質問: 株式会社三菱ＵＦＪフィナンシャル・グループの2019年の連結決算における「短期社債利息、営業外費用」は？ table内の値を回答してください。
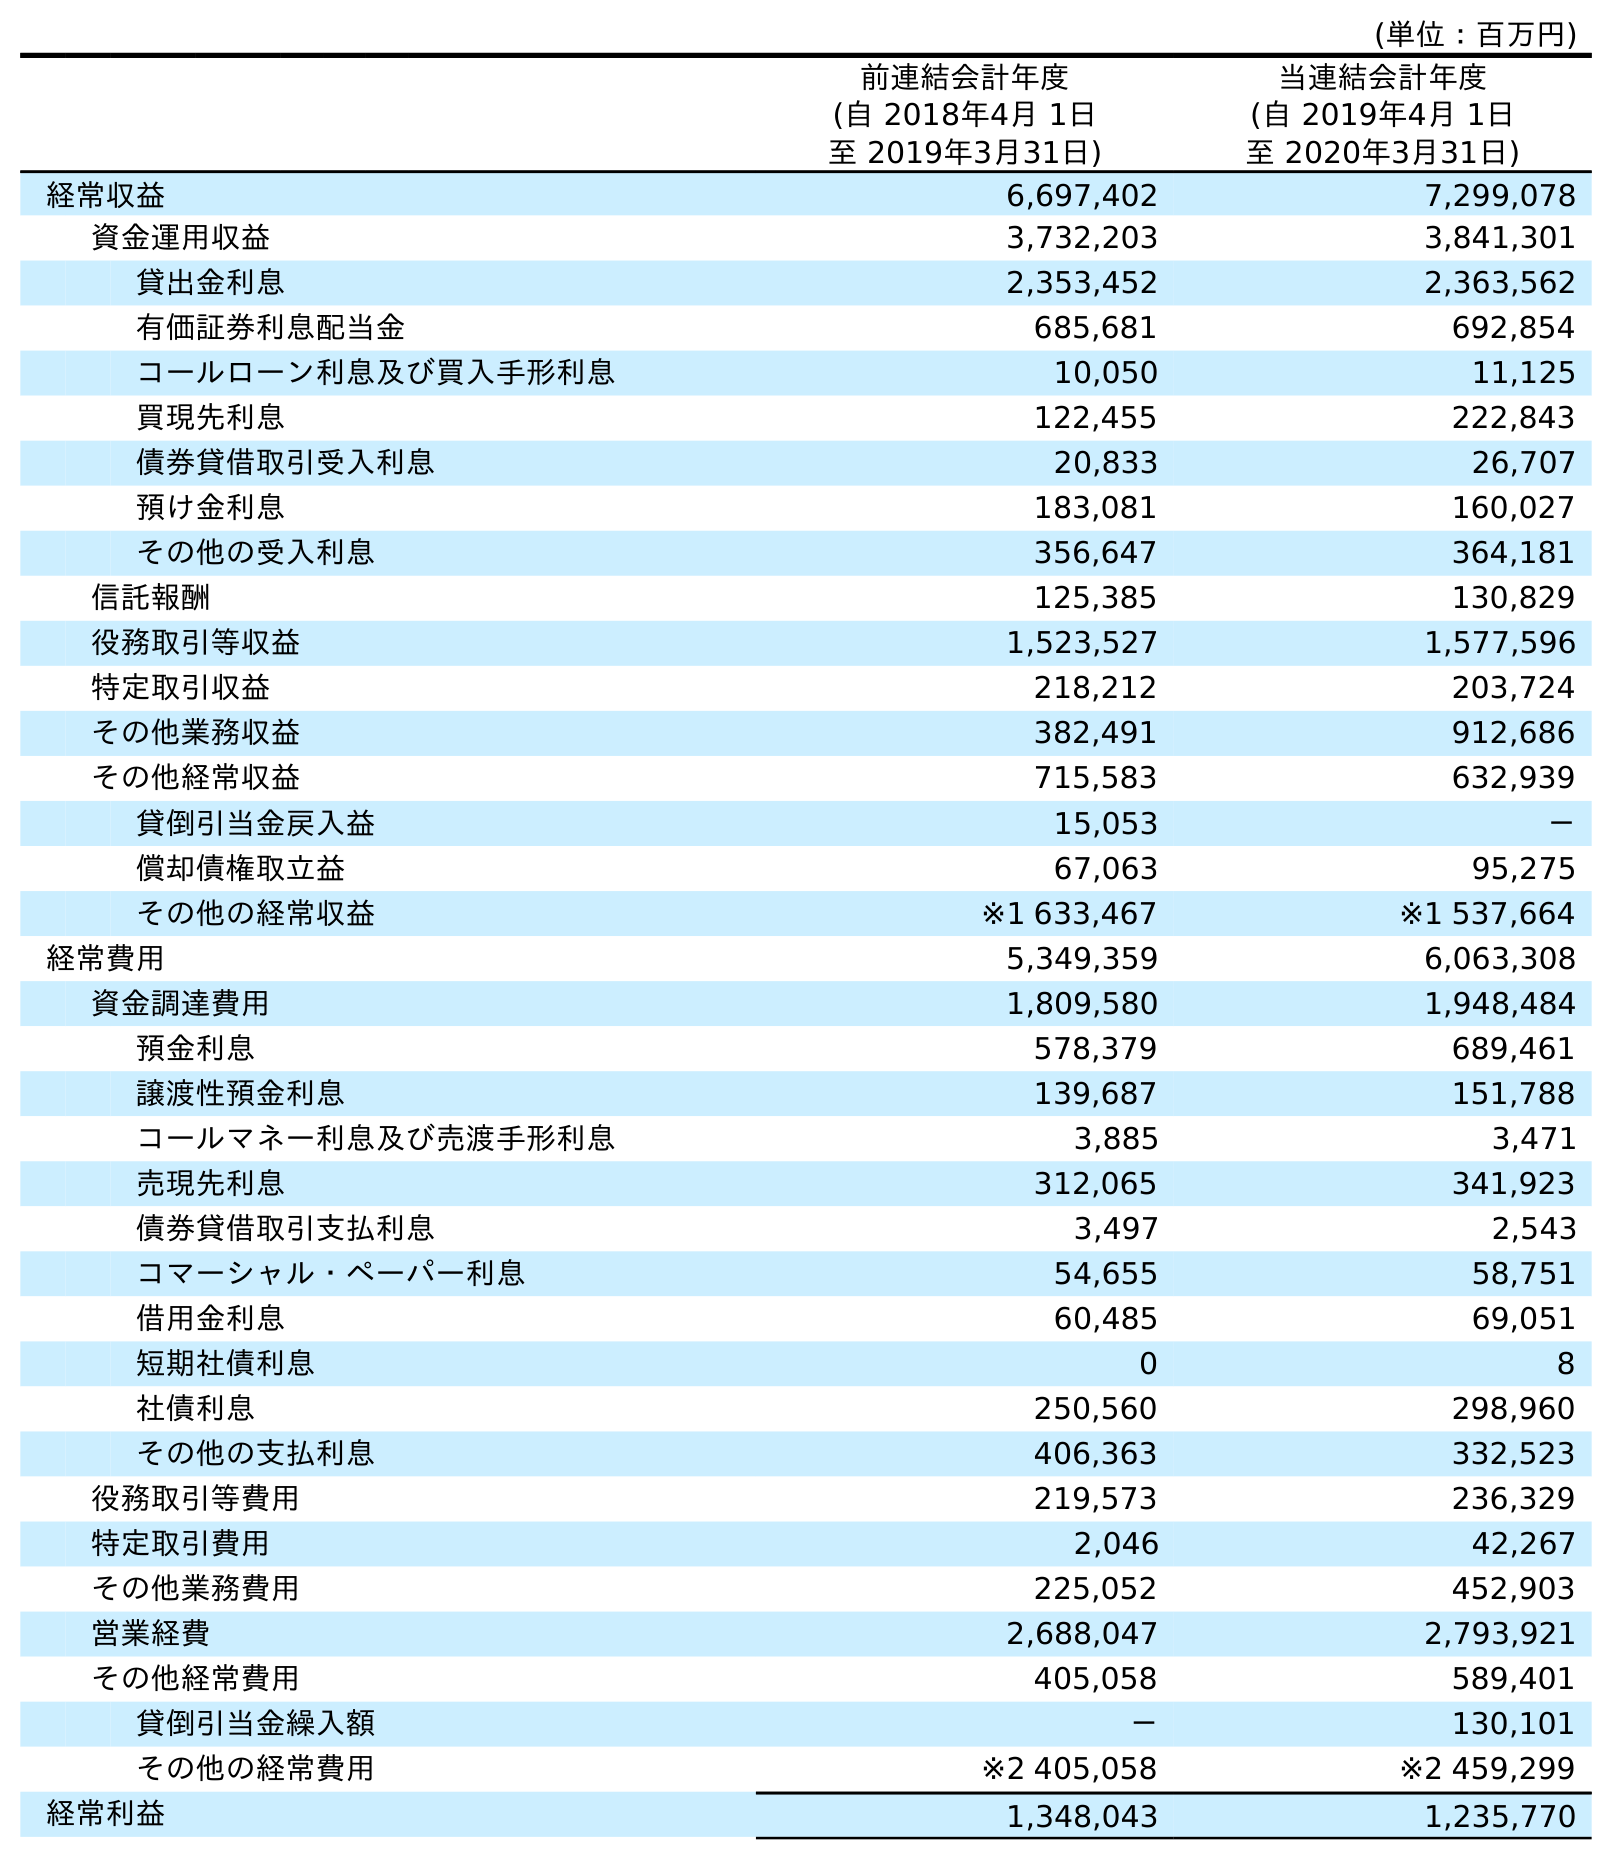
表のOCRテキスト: (単位：百万円) 前連結会計年度 (自 2018年4月 1日 至 2019年3月31日) 当連結会計年度 (自 2019年4月 1日 至 2020年3月31日) 経常収益 6,697,402 7,299,078 資金運用収益 3,732,203 3,841,301 貸出金利息 2,353,452 2,363,562 有価証券利息配当金 685,681 692,854 コールローン利息及び買入手形利息 10,050 11,125 買現先利息 122,455 222,843 債券貸借取引受入利息 20,833 26,707 預け金利息 183,081 160,027 その他の受入利息 356,647 364,181 信託報酬 125,385 130,829 役務取引等収益 1,523,527 1,577,596 特定取引収益 218,212 203,724 その他業務収益 382,491 912,686 その他経常収益 715,583 632,939 貸倒引当金戻入益 15,053 － 償却債権取立益 67,063 95,275 その他の経常収益 ※1 633,467 ※1 537,664 経常費用 5,349,359 6,063,308 資金調達費用 1,809,580 1,948,484 預金利息 578,379 689,461 譲渡性預金利息 139,687 151,788 コールマネー利息及び売渡手形利息 3,885 3,471 売現先利息 312,065 341,923 債券貸借取引支払利息 3,497 2,543 コマーシャル・ペーパー利息 54,655 58,751 借用金利息 60,485 69,051 短期社債利息 0 8 社債利息 250,560 298,960 その他の支払利息 406,363 332,523 役務取引等費用 219,573 236,329 特定取引費用 2,046 42,267 その他業務費用 225,052 452,903 営業経費 2,688,047 2,793,921 その他経常費用 405,058 589,401 貸倒引当金繰入額 － 130,101 その他の経常費用 ※2 405,058 ※2 459,299 経常利益 1,348,043 1,235,770
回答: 0